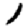
Digit: 1